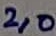
Text: 2,0